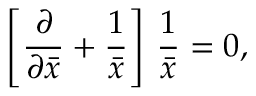
\left[ { \frac { \partial } { \partial \bar { x } } } + { \frac { 1 } { \bar { x } } } \right] \, { \frac { 1 } { \bar { x } } } = 0 ,